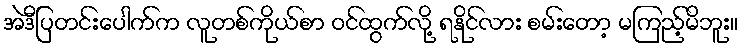
အဲဒီပြတင်းပေါက်က လူတစ်ကိုယ်စာ ဝင်ထွက်လို့ ရနိုင်လား စမ်းတော့ မကြည့်မိဘူး။